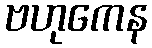
ဗဟုကေန